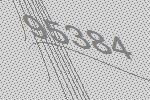
95384